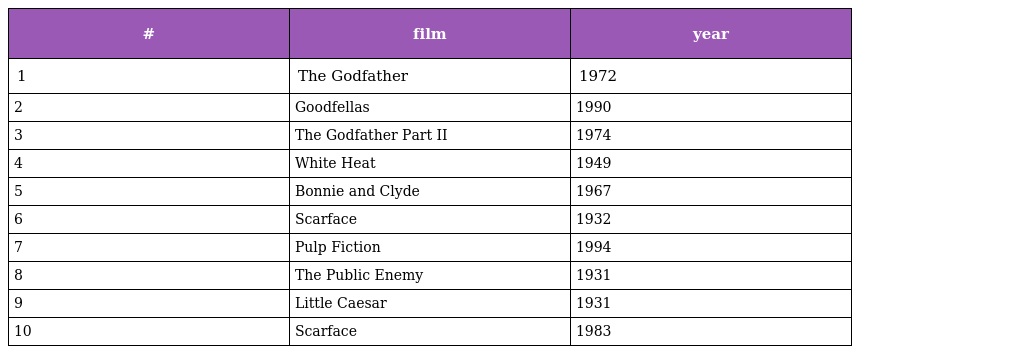
| # | film | year |
 | --- | --- | --- |
 | 1 | The Godfather | 1972 |
 | 2 | Goodfellas | 1990 |
 | 3 | The Godfather Part II | 1974 |
 | 4 | White Heat | 1949 |
 | 5 | Bonnie and Clyde | 1967 |
 | 6 | Scarface | 1932 |
 | 7 | Pulp Fiction | 1994 |
 | 8 | The Public Enemy | 1931 |
 | 9 | Little Caesar | 1931 |
 | 10 | Scarface | 1983 |